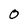
Character: 0